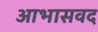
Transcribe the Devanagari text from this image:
आभासवद